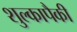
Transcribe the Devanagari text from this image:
शुल्कापैकी